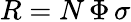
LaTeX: R=N\, \Phi\, \sigma